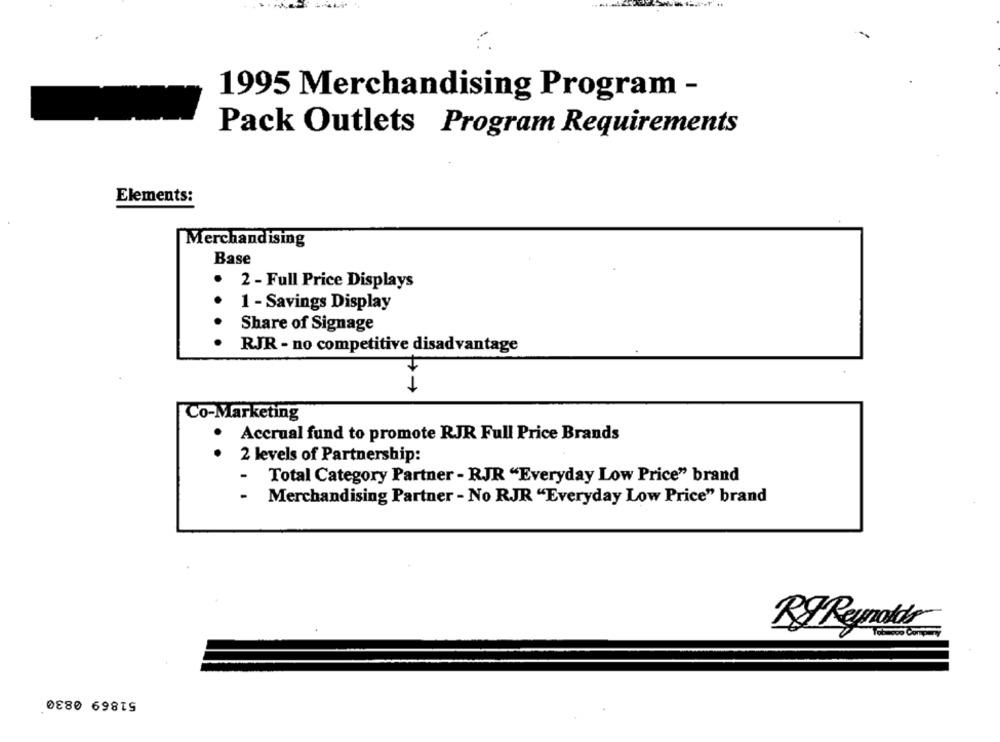
1995 Merchandising Program -
Pack Outlets Program Requirements
Elements:
Merchandising
Base
. 2 - Full Price Displays
1 - Savings Display
Share of Signage
RJR - no competitive disadvantage
Co-Marketing
Accrual fund to promote RJR Full Price Brands
2 levels of Partnership:
-
Total Category Partner - RJR "Everyday Low Price" brand
Merchandising Partner - No RJR "Everyday Low Price" brand
RFReynolds
51869 0830